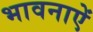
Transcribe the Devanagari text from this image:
भावनाऐं